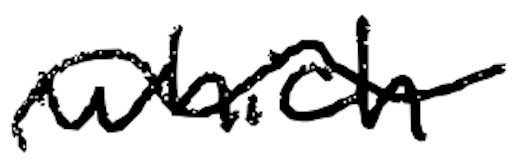
Text: which
Cross-out: wave
Writing tool: digital_black